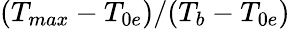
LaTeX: (T_{max}-T_{0e})/(T_{b}-T_{0e})